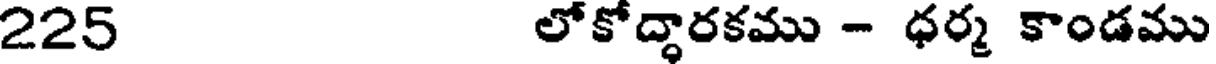
225 లోకోద్ధారకము - ధర్మ కాండము